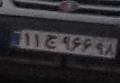
۱۱ج۹۶۶۹۸